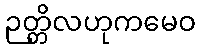
ဉတ္တိလဟုကမေဝ